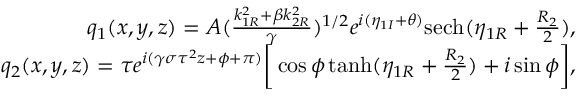
\begin{array} { r l r } & { } & { q _ { 1 } ( x , y , z ) = A ( \frac { k _ { 1 R } ^ { 2 } + \beta k _ { 2 R } ^ { 2 } } { \gamma } ) ^ { 1 / 2 } e ^ { i ( \eta _ { 1 I } + \theta ) } \mathrm { s e c h } ( \eta _ { 1 R } + \frac { R _ { 2 } } { 2 } ) , } \\ & { } & { q _ { 2 } ( x , y , z ) = \tau e ^ { i ( \gamma \sigma \tau ^ { 2 } z + \phi + \pi ) } \bigg [ \cos \phi \operatorname { t a n h } ( \eta _ { 1 R } + \frac { R _ { 2 } } { 2 } ) + i \sin \phi \bigg ] , } \end{array}